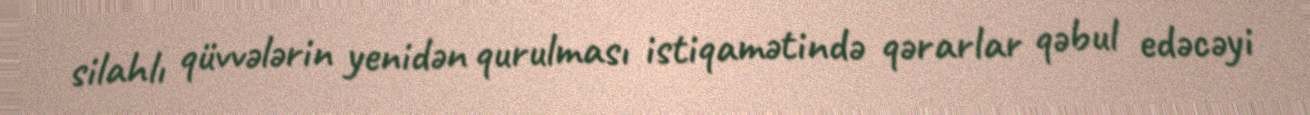
silahlı qüvvələrin yenidən qurulması istiqamətində qərarlar qəbul edəcəyi